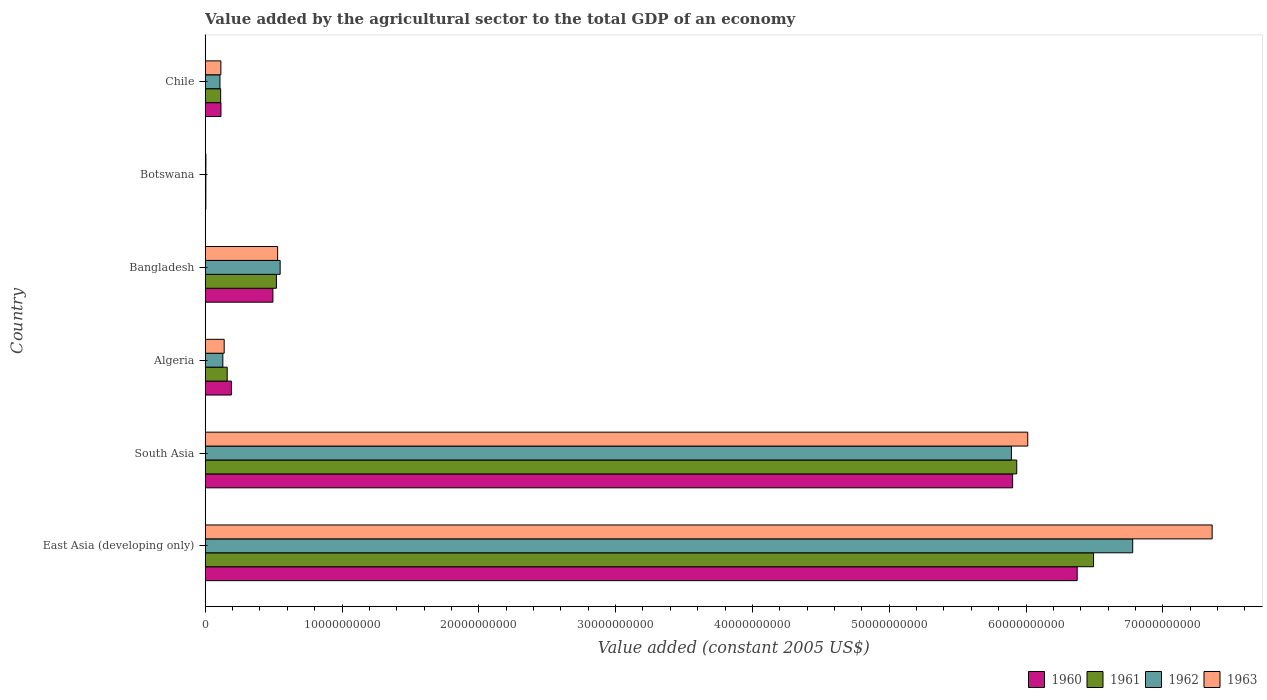
| Country | 1960 | 1961 | 1962 | 1963 |
 | --- | --- | --- | --- | --- |
 | East Asia (developing only) | 6.37e+10 | 6.49e+10 | 6.78e+10 | 7.36e+10 |
 | South Asia | 5.9e+10 | 5.93e+10 | 5.89e+10 | 6.01e+10 |
 | Algeria | 1.92e+09 | 1.61e+09 | 1.29e+09 | 1.39e+09 |
 | Bangladesh | 4.95e+09 | 5.21e+09 | 5.48e+09 | 5.3e+09 |
 | Botswana | 4.74e+07 | 4.86e+07 | 5.04e+07 | 5.21e+07 |
 | Chile | 1.15e+09 | 1.13e+09 | 1.08e+09 | 1.15e+09 |